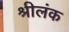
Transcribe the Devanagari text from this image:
श्रीलंक